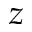
z